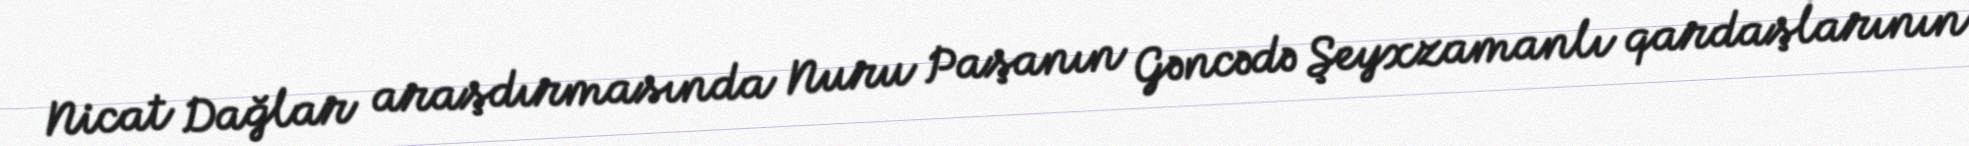
Nicat Dağlar araşdırmasında Nuru Paşanın Gəncədə Şeyxzamanlı qardaşlarının